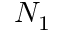
N _ { 1 }